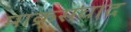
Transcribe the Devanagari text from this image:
माक्र्सवाद